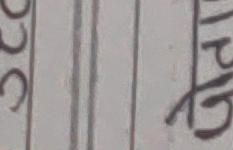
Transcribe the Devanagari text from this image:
ग्रारो